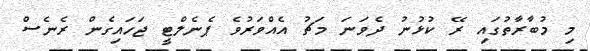
މި މުބާރާތުގައި ރޭ ކުޅުނު ދެވަނަ މަޗު އެއްވަރުވެ ޕެނެލްޓީ ޖަހައިގެން ރެނެސް